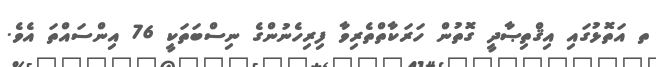
ތ އަތޮޅުގައި އިޤްތިޞާދީ ގޮތުން ހަރަކާތްތެރިވާ ފިރިހެނުންގެ ނިސްބަތަކީ 76 އިންސައްތަ އެވެ.